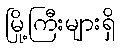
မြို့ကြီးများရှိ